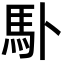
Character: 𩡭